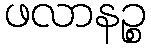
ဖလာနဉ္စ